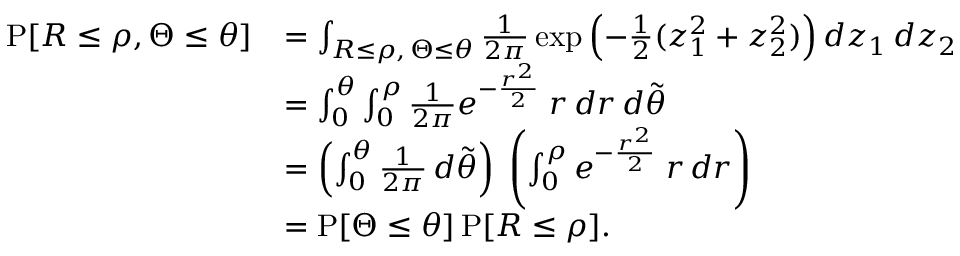
{ \begin{array} { r l } { \operatorname { P } [ R \leq \rho , \Theta \leq \theta ] } & { = \int _ { R \leq \rho , \, \Theta \leq \theta } { \frac { 1 } { 2 \pi } } \exp \left( { - { \frac { 1 } { 2 } } ( z _ { 1 } ^ { 2 } + z _ { 2 } ^ { 2 } ) } \right) d z _ { 1 } \, d z _ { 2 } } \\ & { = \int _ { 0 } ^ { \theta } \int _ { 0 } ^ { \rho } { \frac { 1 } { 2 \pi } } e ^ { - { \frac { r ^ { 2 } } { 2 } } } \; r \, d r \, d { \tilde { \theta } } } \\ & { = \left( \int _ { 0 } ^ { \theta } { \frac { 1 } { 2 \pi } } \, d { \tilde { \theta } } \right) \; \left( \int _ { 0 } ^ { \rho } e ^ { - { \frac { r ^ { 2 } } { 2 } } } \; r \, d r \right) } \\ & { = \operatorname { P } [ \Theta \leq \theta ] \operatorname { P } [ R \leq \rho ] . } \end{array} }